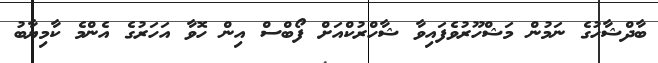
ބާދްޝާހުގެ ނަމުން މަޝްހޫރުވެފައިވާ ޝާހްރުކްއަށް ފޯބްސް އިން ހޮވާ އަހަރުގެ އެންމެ ކާމިޔާބު